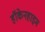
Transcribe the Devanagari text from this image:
हॉकेनहाइम